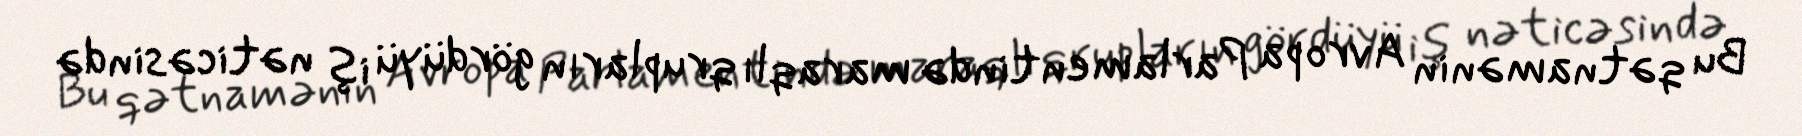
Bu qətnamənin Avropa Parlamentində maraqlı qrupların gördüyü iş nəticəsində